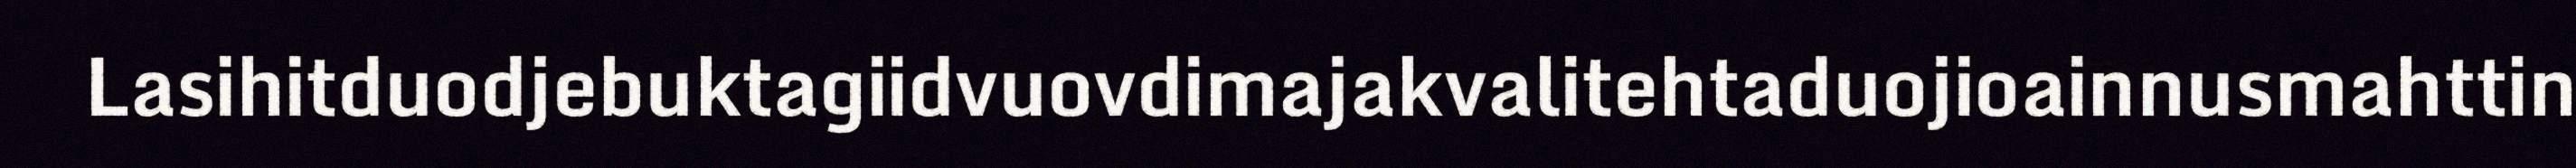
Lasihitduodjebuktagiidvuovdimajakvalitehtaduojioainnusmahttin